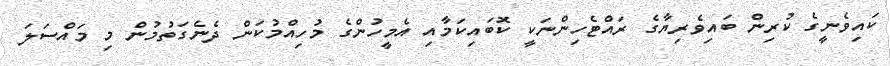
ކައިވެނީގެ ކުރިން ބައިވެރިޔާގެ ރައްޓެހިންނަކީ ކޮބައިކަމާއި އެމީހުންގެ މުހިއްމުކަން ދެނެގަތުމުން މި މައްސަލަ